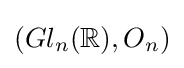
(Gl_{n}(\mathbb {R} ),O_{n})